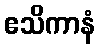
ဧသိကာနံ